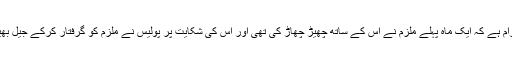
نابالغ کا الزام ہے کہ ایک ماہ پہلے ملزم نے اس کے ساتھ چھیڑ چھاڑ کی تھی اور اس کی شکایت پر پولیس نے ملزم کو گرفتار کرکے جیل بھیج دیا تھا ۔